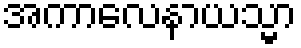
အကာလေနာယသ္မာ